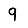
Digit: 9